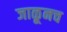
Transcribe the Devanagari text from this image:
जाळूनच